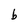
Character: b